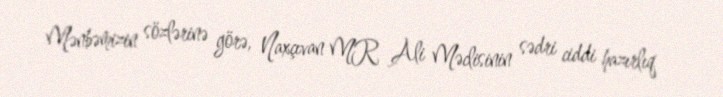
Mənbəmizin sözlərinə görə, Naxçıvan MR Ali Məclisinin sədri ciddi hazırlıq